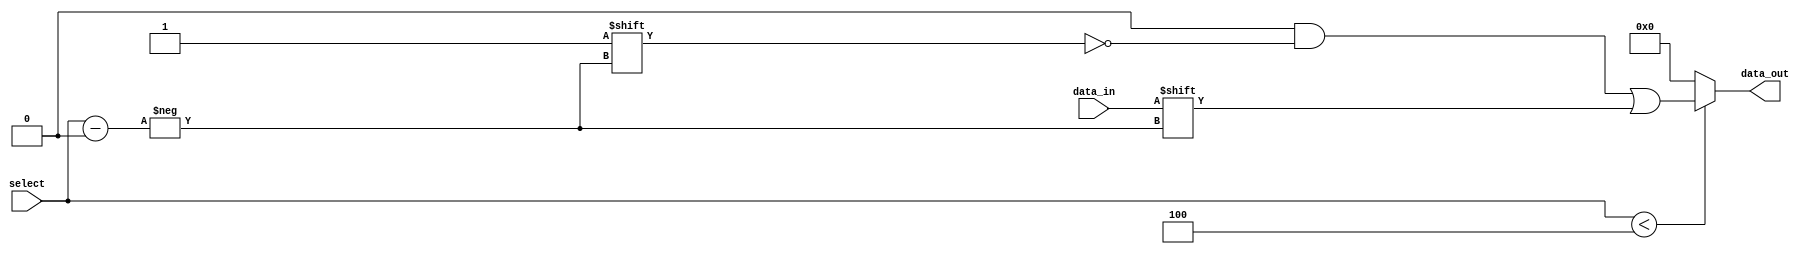
module ParameterizedDemux #(
    parameter N = 4 // Default number of output lines
) (
    input wire data_in,                // Input data signal
    input wire [$clog2(N)-1:0] select, // Select signal
    output reg [N-1:0] data_out        // Output data lines
);

    // Always block to handle the demux functionality
    always @(*) begin
        // Default all outputs to low
        data_out = {N{1'b0}};
        
        // Check if select is within valid range
        if (select < N) begin
            // Route data_in to the selected output
            data_out[select] = data_in;
        end
    end

endmodule